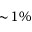
\sim \! 1 \%